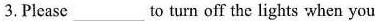
3. Please ___ to turn off the lights when you